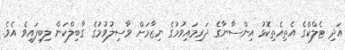
އަދި ޓެލްކްގެ އެތިއެތިކޮޅު އިންސާނާގެ ދަރިމައިވުމުގެ ނިޒާމަށް ވާސިލުވުމުގެ ގާބިލްކަން ލިބިފައިވެ އެވެ.